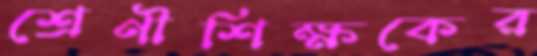
শ্রেণীশিক্ষকের